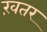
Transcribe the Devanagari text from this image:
ख़तर